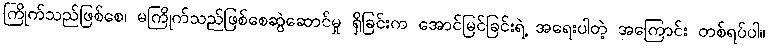
ကြိုက်သည်ဖြစ်စေ၊ မကြိုက်သည်ဖြစ်စေဆွဲဆောင်မှု ရှိခြင်းက အောင်မြင်ခြင်းရဲ့ အရေးပါတဲ့ အကြောင်း တစ်ရပ်ပါ။